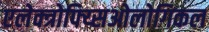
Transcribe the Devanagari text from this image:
एलेक्त्रोफ्य्सिओलोगिकल